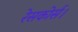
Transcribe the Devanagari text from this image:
रेसकोर्स।